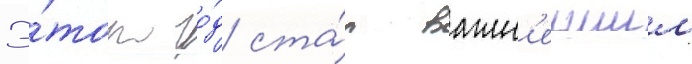
Э́тот го́д ста́л важн'еишим